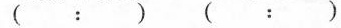
(：)(：)